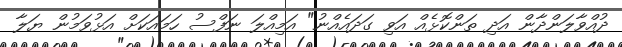
ދުއްވާލަންދާން އަދި ތަންކޮޅެއް އަވި ގަދައެއްނު" އަމިއްލަ ނަފްސު ހަމައަކަށް އަޅުވަމުން ޔަލާ